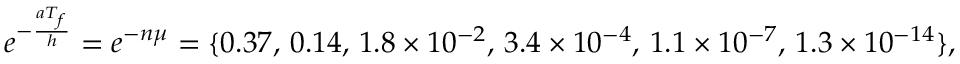
\begin{array} { r } { e ^ { - \frac { a T _ { f } } { h } } = e ^ { - n \mu } = \{ 0 . 3 7 , \, 0 . 1 4 , \, 1 . 8 \times 1 0 ^ { - 2 } , \, 3 . 4 \times 1 0 ^ { - 4 } , \, 1 . 1 \times 1 0 ^ { - 7 } , \, 1 . 3 \times 1 0 ^ { - 1 4 } \} , } \end{array}